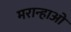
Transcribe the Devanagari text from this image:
मरान्हाओ